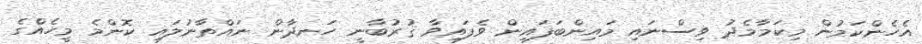
އެހެންކަމުން މިކަމާމެދު ވިސްނައި މައިންބަފައިން ވެފައިވާ ޤުރުބާނީ ހަނދާން ނައްތާނުލައި ކޮންމެ މީހެއްގެ